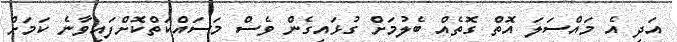
އަދި އެ މައްސަލަ އޮތް ގޮތެއް ބެލުމަށް ގުޅައިގެން ވެސް މަސައްކަތްކޮށްފައިވާނެ ކަމަށް